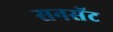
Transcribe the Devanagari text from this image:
सनसॅट